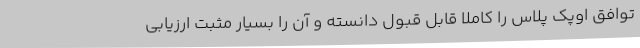
توافق اوپک پلاس را کاملا قابل قبول دانسته و آن را بسیار مثبت ارزیابی